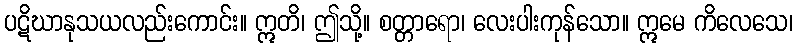
ပဋိဃာနုသယလည်းကောင်း။ ဣတိ၊ ဤသို့။ စတ္တာရော၊ လေးပါးကုန်သော။ ဣမေ ကိလေသေ၊